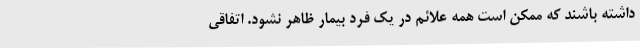
داشته باشند که ممکن است همه علائم در یک فرد بیمار ظاهر نشود. اتفاقی